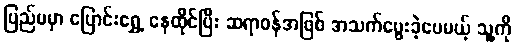
ပြည်ပမှာ ပြောင်းရွှေ့ နေထိုင်ပြီး ဆရာဝန်အဖြစ် အသက်မွေးခဲ့ပေမယ့် သူ့ကို